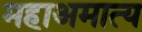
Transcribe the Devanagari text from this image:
महाअमात्य